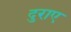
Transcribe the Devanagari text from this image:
दुराए